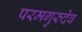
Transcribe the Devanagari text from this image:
परमगुरुदेव